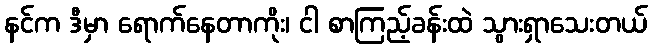
နင်က ဒီမှာ ရောက်နေတာကိုး၊ ငါ စာကြည့်ခန်းထဲ သွားရှာသေးတယ်